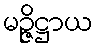
မဉ္ဇိဋ္ဌာယ